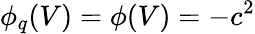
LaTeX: \phi_{q}(V)=\phi(V)=-c^{2}